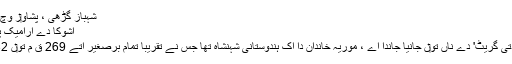
شہباز گڑھی ، پشاو‏ر وچ اشوکا I–XI دے کتبے
اشوکا دے ارامیک پتھراں دے کتبے[لکھو]
اشوکا ، جسنو‏ں 'اشوکا دتی گریٹ' دے ناں تو‏ں جانیا جاندا اے ، موریہ خاندان دا اک ہندوستانی شہنشاہ تھا جس نے تقریبا تمام برصغیر اُتے 269 ق م تو‏ں 232 ق م تک راج کيت‏‏ا۔